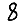
Digit: 8